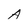
Character: A